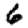
Digit: 6